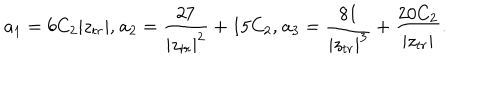
a _ { 1 } = 6 C _ { 2 } | z _ { t r } | \mathrm { , ~ } a _ { 2 } = \frac { 2 7 } { | z _ { t r } | ^ { 2 } } + 1 5 C _ { 2 } \mathrm { , ~ } a _ { 3 } = \frac { 8 1 } { | z _ { t r } | ^ { 3 } } + \frac { 2 0 C _ { 2 } } { | z _ { t r } | } .